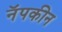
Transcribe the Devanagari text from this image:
नॅपकीन